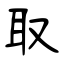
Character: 取